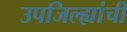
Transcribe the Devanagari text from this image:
उपजिल्ह्यांची